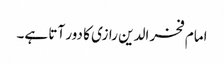
امام فخر الدین رازی کا دور آتا ہے۔